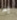
به